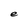
Character: e